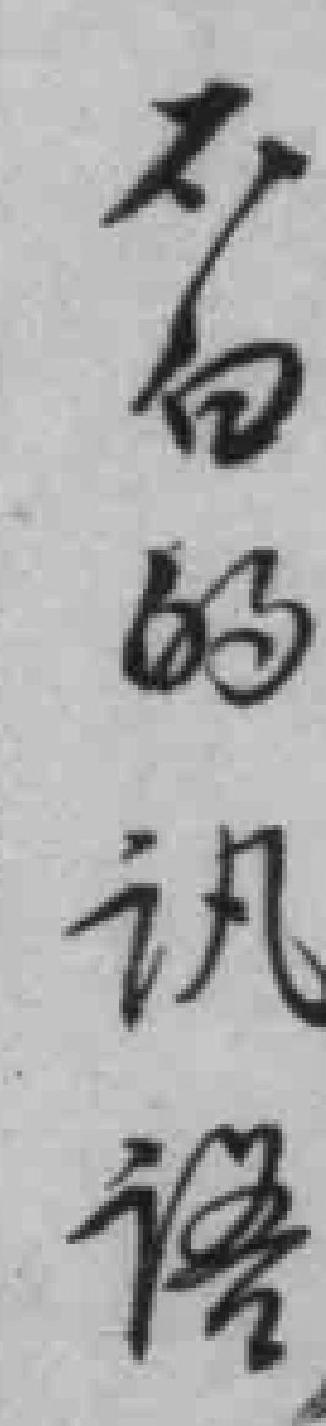
不白的訊語